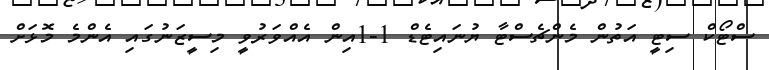
ސްޓޯކް ސިޓީ އަތުން މެންޗެސްޓާ ޔުނައިޓެޑް 1-1އިން އެއްވަރުވީ މިސީޒަނުގައި އެންމެ މޮޅަށް